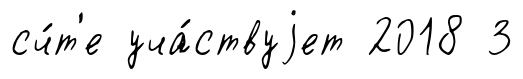
сч́т'е уча́ствуjет 2018 3